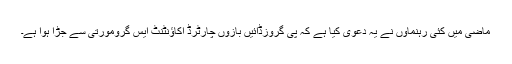
ماضی میں کئی رہنماؤں نے یہ دعویٰ کیا ہے کہ پی گروزڈائیں بازوں چارٹرڈ اکاؤنٹنٹ ایس گرومورتی سے جڑا ہوا ہے۔